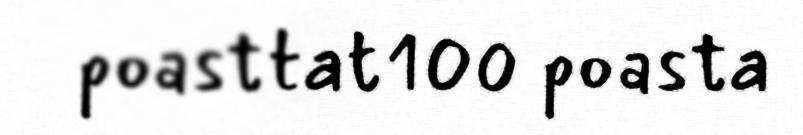
poasttat100 poasta